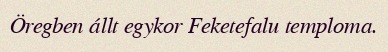
Öregben állt egykor Feketefalu temploma.